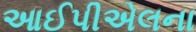
આઈપીએલના